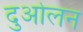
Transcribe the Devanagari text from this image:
दुओलन